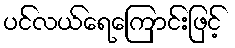
ပင်လယ်ရေကြောင်းဖြင့်